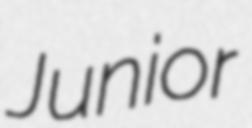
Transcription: Junior